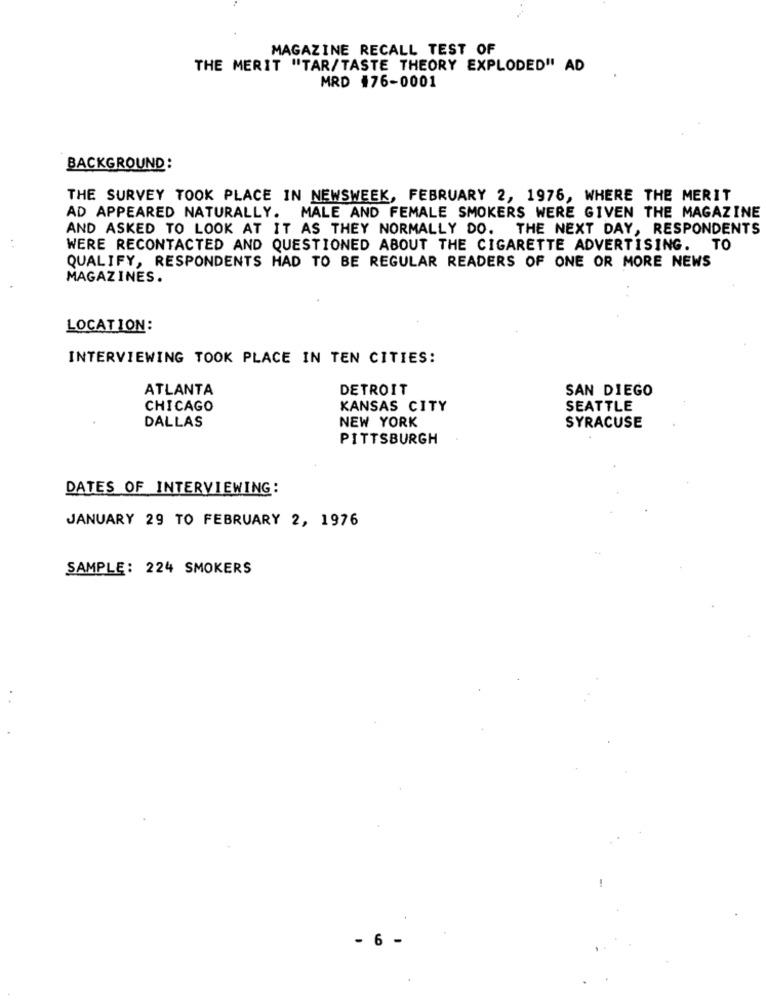
MAGAZINE RECALL TEST OF
THE MERIT "TAR/TASTE THEORY EXPLODED" AD
MRD #76-0001
BACKGROUND:
THE SURVEY TOOK PLACE IN NEWSWEEK, FEBRUARY 2, 1976, WHERE THE MERIT
AD APPEARED NATURALLY. MALE AND FEMALE SMOKERS WERE GIVEN THE MAGAZINE
AND ASKED TO LOOK AT IT AS THEY NORMALLY DO. THE NEXT DAY, RESPONDENTS
WERE RECONTACTED AND QUESTIONED ABOUT THE CIGARETTE ADVERTISING. TO
QUALIFY, RESPONDENTS HAD TO BE REGULAR READERS OF ONE OR MORE NEWS
MAGAZINES.
LOCATION:
INTERVIEWING TOOK PLACE IN TEN CITIES:
ATLANTA
DETROIT
SAN DIEGO
CHICAGO
KANSAS CITY
SEATTLE
DALLAS
NEW YORK
SYRACUSE
PITTSBURGH
DATES OF INTERVIEWING:
JANUARY 29 TO FEBRUARY 2, 1976
SAMPLE: 224 SMOKERS
- 6 -